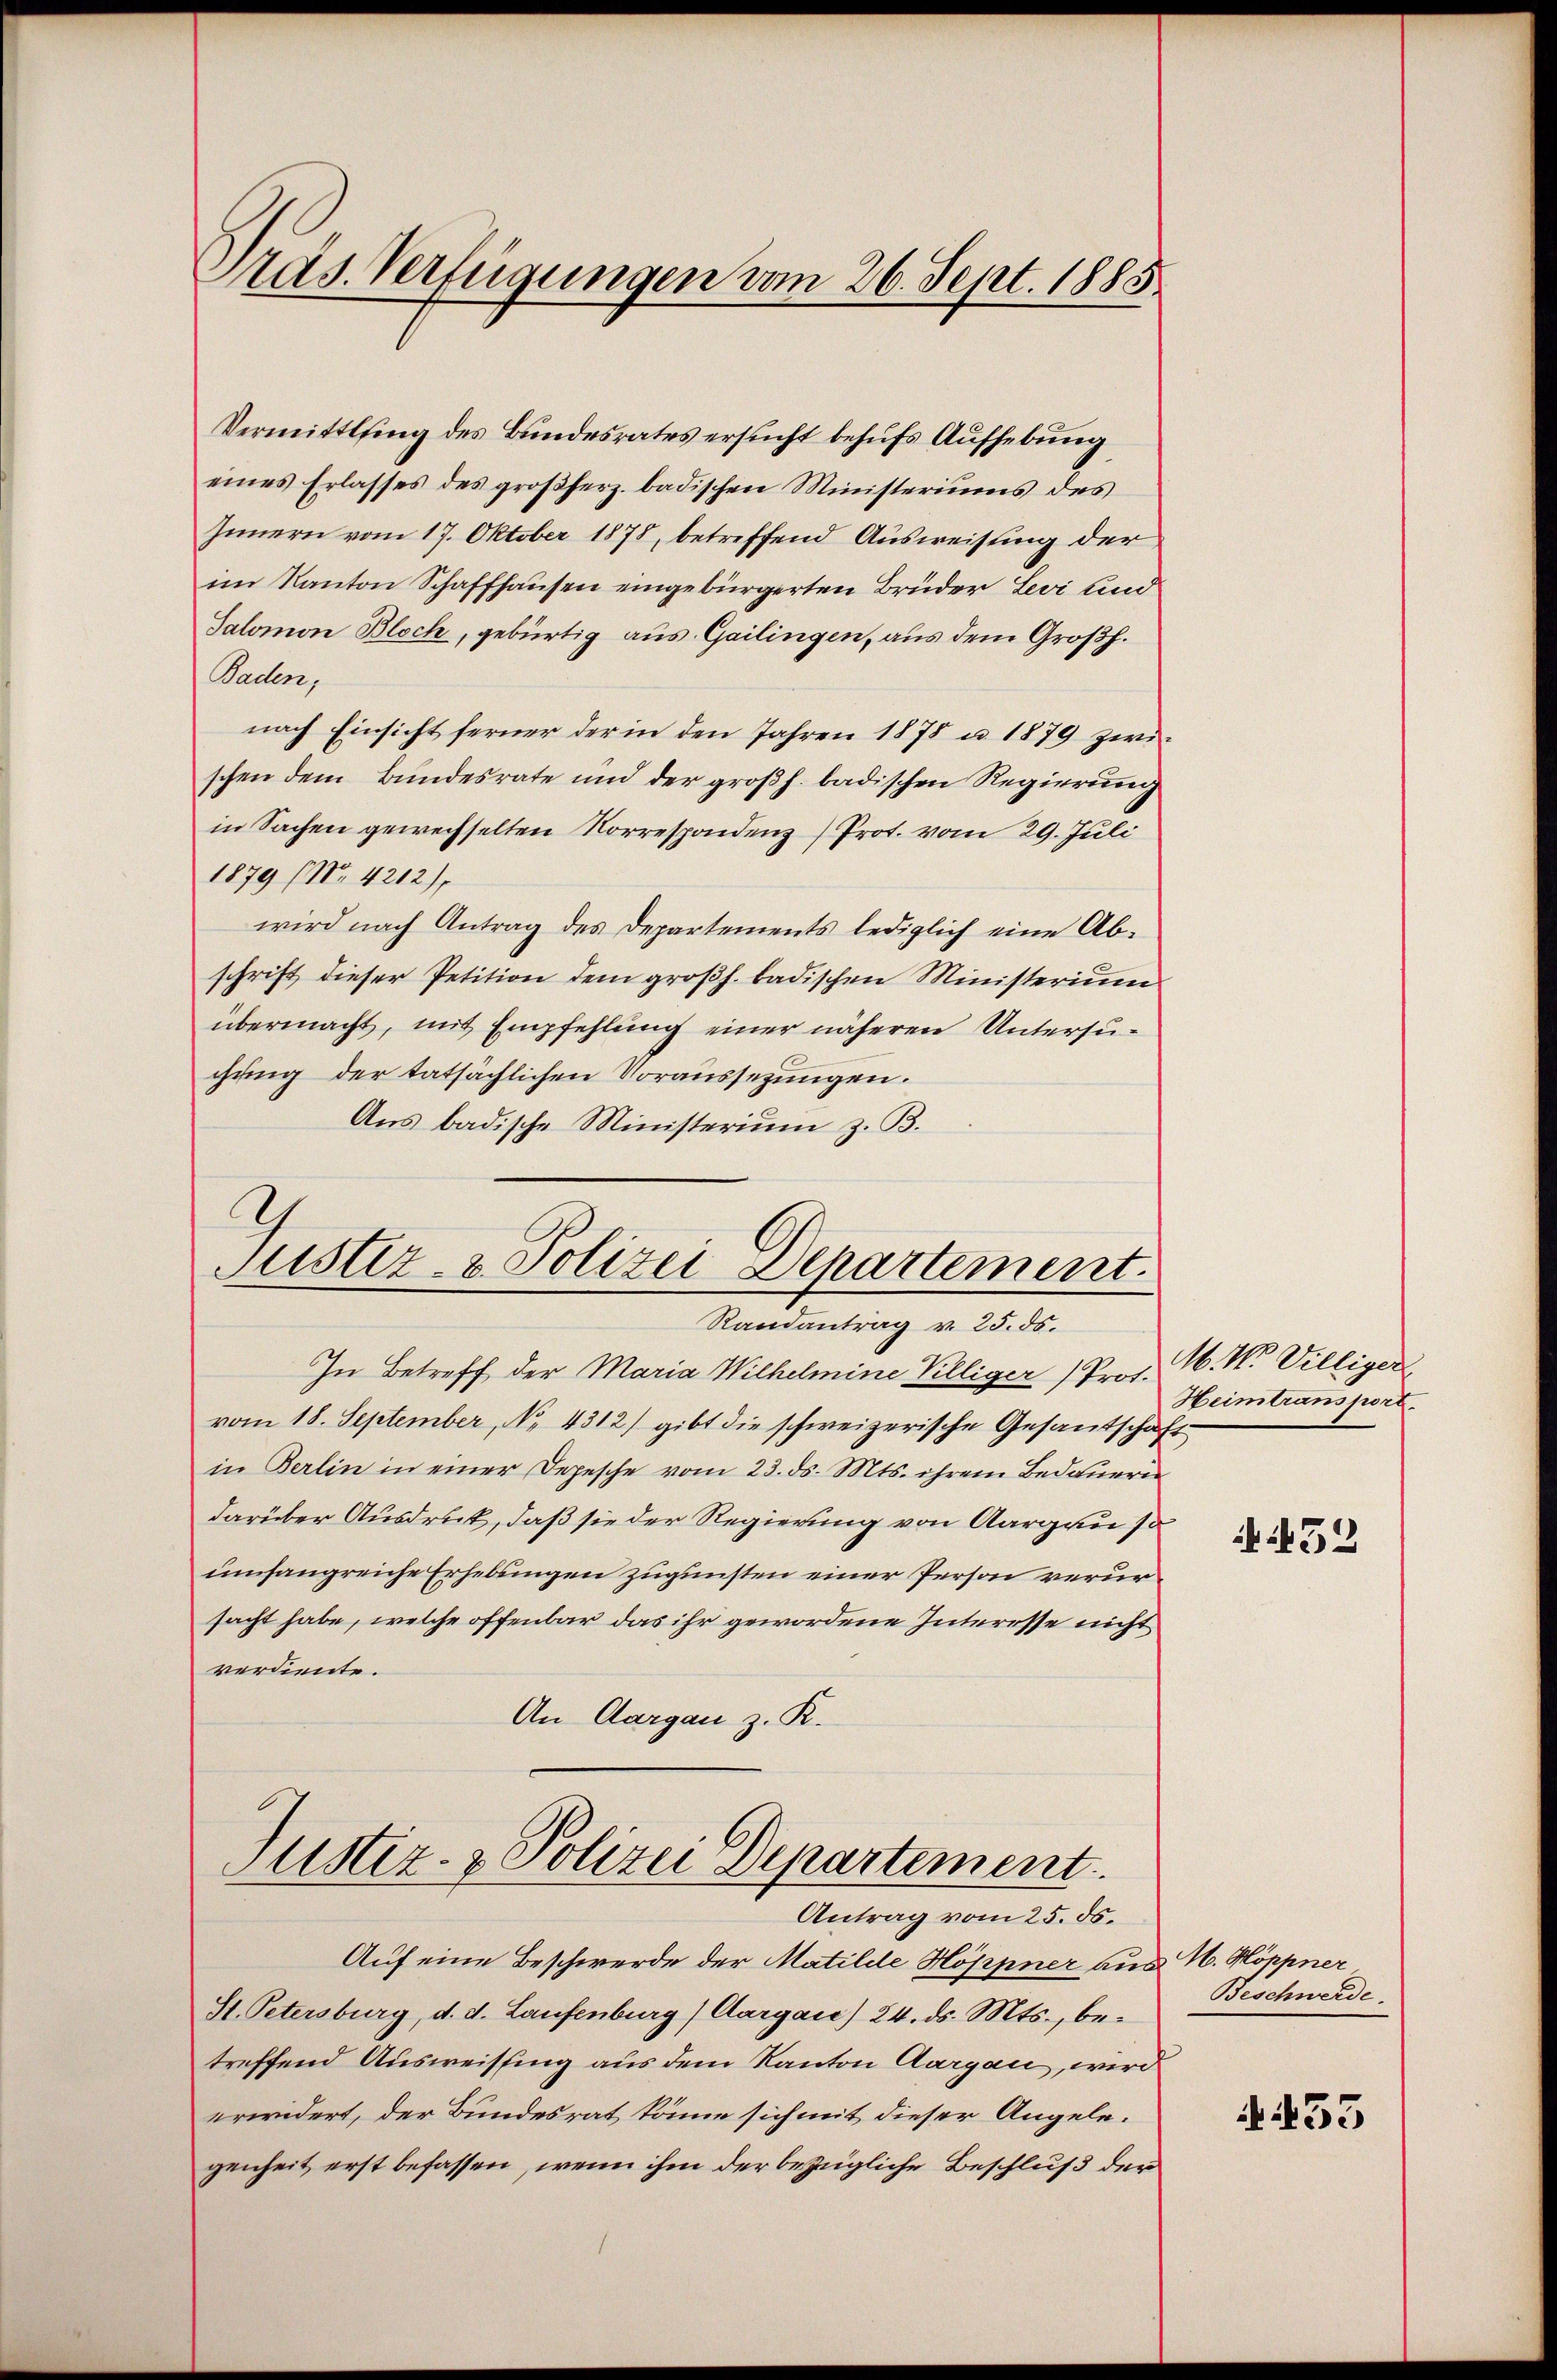
Pras. Verfügungen vom 26. Sept. 1885

Vermittlung des Bundesrates ersucht behufs Aufhebung
eines Erlasses des großherz. badischen Ministeriums des
Innern vom 17. Oktober 1878, betreffend Ausweisung der
im Kanton Schaffhausen eingebürgerten Brüder Levi und
Salomon Bloch, gebürtig aus Gailingen, aus dem Großh.
Paden,
nach Einsicht ferner der in den Jahren 1878 u. 1879 zwi-
schen dem Bundesrate und der großh. badischen Regierung
in Sachen gewechselten Korrespondenz Prot. vom 29. Juli
1879 (Nr. 4212),
wird nach Antrag des Departements lediglich eine Abschrift dieser Petition dem großh. badischen Ministerium
übermacht, mit Empfehlung einer näheren Untersuchung der tatsächlichen Voraussezungen.
Aus badische Ministerium z. B.
2

Justiz- & Polizei Departement.
Randantrag v. 25. ds.

In Betreff der Maria Wilhelmine Villiger Prof. M. W. Villiger
vom 18. September, No. 4312) gibt die schweizerische Gesandtschaft
in Berlin in einer Depesche vom 23. ds. Mts. ihrem Bedauerin
darüber Ausdruck, daß sie der Regierung von Aargau so
umfangreiche Erhebungen zugunsten einer Person verursacht habe, welche offenbar das ihr gewordene Interesse nicht
verdiente.
An Aargau z. R.

Justiz- & Polizei Departement
Antrag vom 25. ds.

Auf eine Beschwerde der Matilde Höppner aus N. Möppner
St. Petersburg, d. d. Laufenburg (Aargau) 24. ds. Mts., betreffend Ausweissing aus dem Kanton Aargau, wird
erwidert, der Bundesrat könne sich mit dieser Angelegenheit erst befassen, wenn ihm der bezügliche Beschluß der

Heimtransport.

432

Beschwerde

No. 453